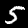
Digit: 5